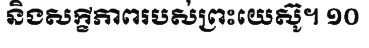
និងសក្ខីភាពរបស់ព្រះយេស៊ូ។ ១០